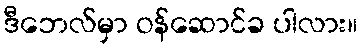
ဒီဘေလ်မှာ ဝန်ဆောင်ခ ပါလား။